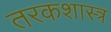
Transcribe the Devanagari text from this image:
तरकशास्त्र